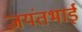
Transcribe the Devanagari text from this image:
जयंतभाई